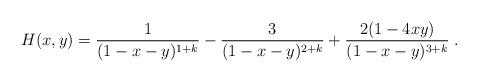
LaTeX: \begin{align*}H(x,y)=\frac{1}{(1-x-y)^{1+k}}-\frac{3}{(1-x-y)^{2+k}}+\frac{2(1-4xy)}{(1-x-y)^{3+k}}\; .\end{align*}